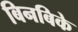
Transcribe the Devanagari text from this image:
बिनबिके